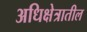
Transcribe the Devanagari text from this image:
अधिक्षेत्रातील